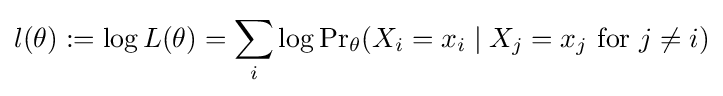
l(\theta ):=\log L(\theta )=\sum _{i}\log \mathrm {Pr} _{\theta }(X_{i}=x_{i}\mid X_{j}=x_{j}{\text{ for }}j\neq i)